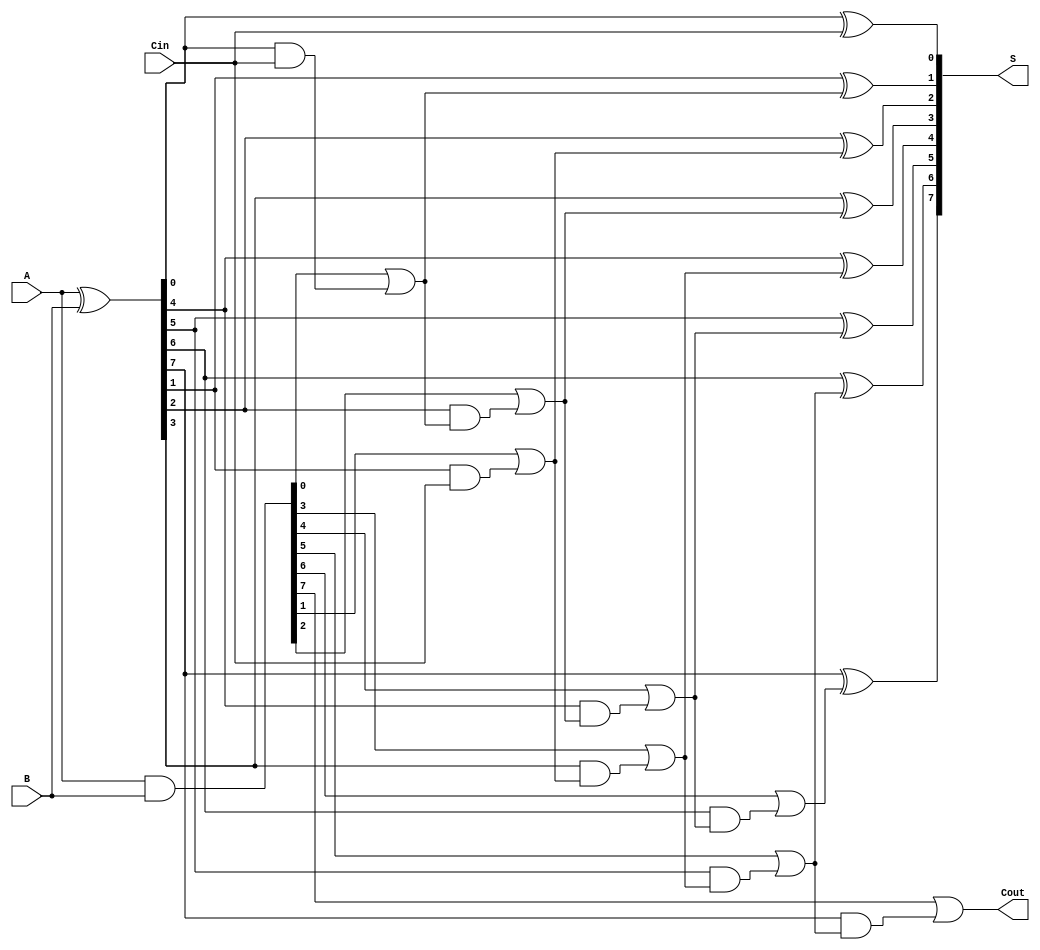
module BrentKungAdder #(parameter N = 8) (
    input [N-1:0] A,
    input [N-1:0] B,
    input Cin,
    output [N-1:0] S,
    output Cout
);
    wire [N-1:0] G; // Generate
    wire [N-1:0] P; // Propagate
    wire [N:0] C;   // Carry

    // Generate and propagate signals
    assign G = A & B;        // Generate
    assign P = A ^ B;        // Propagate
    assign C[0] = Cin;       // Initial carry input

    // Carry calculation (Brent-Kung structure)
    genvar i, j;
    generate
        for (i = 0; i < N; i = i + 1) begin : carry_gen
            if (i == 0) begin
                assign C[i + 1] = G[i] | (P[i] & C[i]);
            end else begin
                assign C[i + 1] = G[i] | (P[i] & C[i - 1]);
            end
        end
    endgenerate

    // Sum calculation
    generate
        for (j = 0; j < N; j = j + 1) begin : sum_calc
            assign S[j] = P[j] ^ C[j];
        end
    endgenerate

    // Final carry out
    assign Cout = C[N];

endmodule